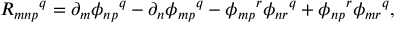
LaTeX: R _ { m n p } { } ^ { q } = \partial _ { m } \phi _ { n p } { } ^ { q } - \partial _ { n } \phi _ { m p } { } ^ { q } - \phi _ { m p } { } ^ { r } \phi _ { n r } { } ^ { q } + \phi _ { n p } { } ^ { r } \phi _ { m r } { } ^ { q } ,